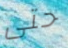
حتى